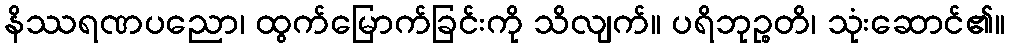
နိဿရဏပညော၊ ထွက်မြောက်ခြင်းကို သိလျက်။ ပရိဘုဉ္စတိ၊ သုံးဆောင်၏။